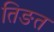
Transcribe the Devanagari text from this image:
तिङत